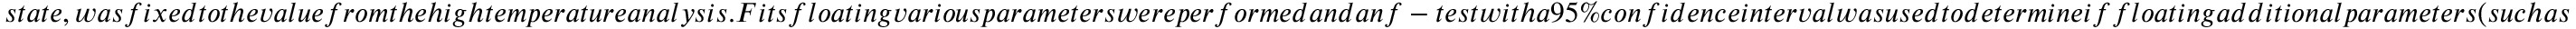
s t a t e , w a s f i x e d t o t h e v a l u e f r o m t h e h i g h t e m p e r a t u r e a n a l y s i s . F i t s f l o a t i n g v a r i o u s p a r a m e t e r s w e r e p e r f o r m e d a n d a n f - t e s t w i t h a 9 5 \% c o n f i d e n c e i n t e r v a l w a s u s e d t o d e t e r m i n e i f f l o a t i n g a d d i t i o n a l p a r a m e t e r s ( s u c h a s